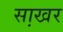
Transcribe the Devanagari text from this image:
सा़खर